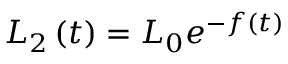
L _ { 2 } \left( t \right) = L _ { 0 } e ^ { - f \left( t \right) }